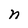
Character: n